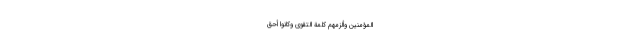
الْمُؤْمِنِينَ وَأَلْزَمَهُمْ كَلِمَةَ التَّقْوَى وَكَانُوا أَحَقَّ